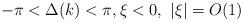
LaTeX: \begin{align*} -\pi<\Delta(k)<\pi, \xi<0, \ |\xi|=O(1)\end{align*}